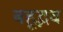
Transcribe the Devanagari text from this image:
बहूद्भव